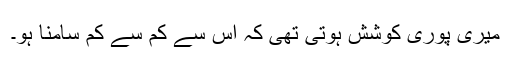
میری پوری کوشش ہوتی تھی کہ اس سے کم سے کم سامنا ہو۔